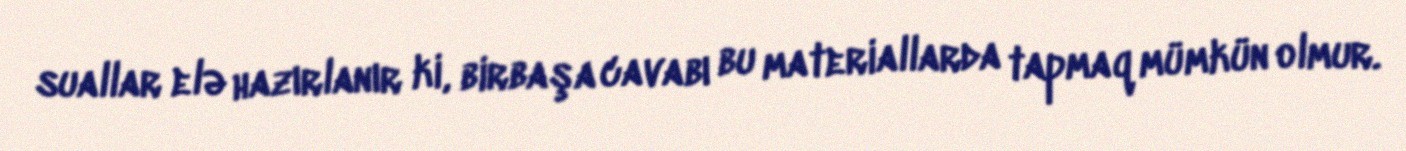
suallar elə hazırlanır ki, birbaşa cavabı bu materiallarda tapmaq mümkün olmur.